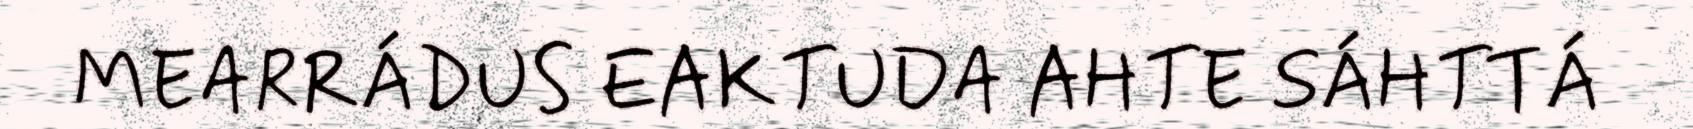
MEARRÁDUS EAKTUDA AHTE SÁHTTÁ